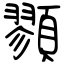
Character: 顟